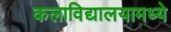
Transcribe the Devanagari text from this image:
कलाविद्यालयामध्ये